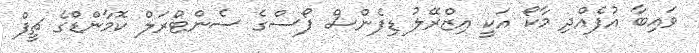
ވައިބާ އުފެއްދި މާކޯ އަކީ އިޒްރޭލު ޑިފެންސް ފޯސްގެ ސެންޓްރަލް ކޮމާންޑްގެ ޗީފް